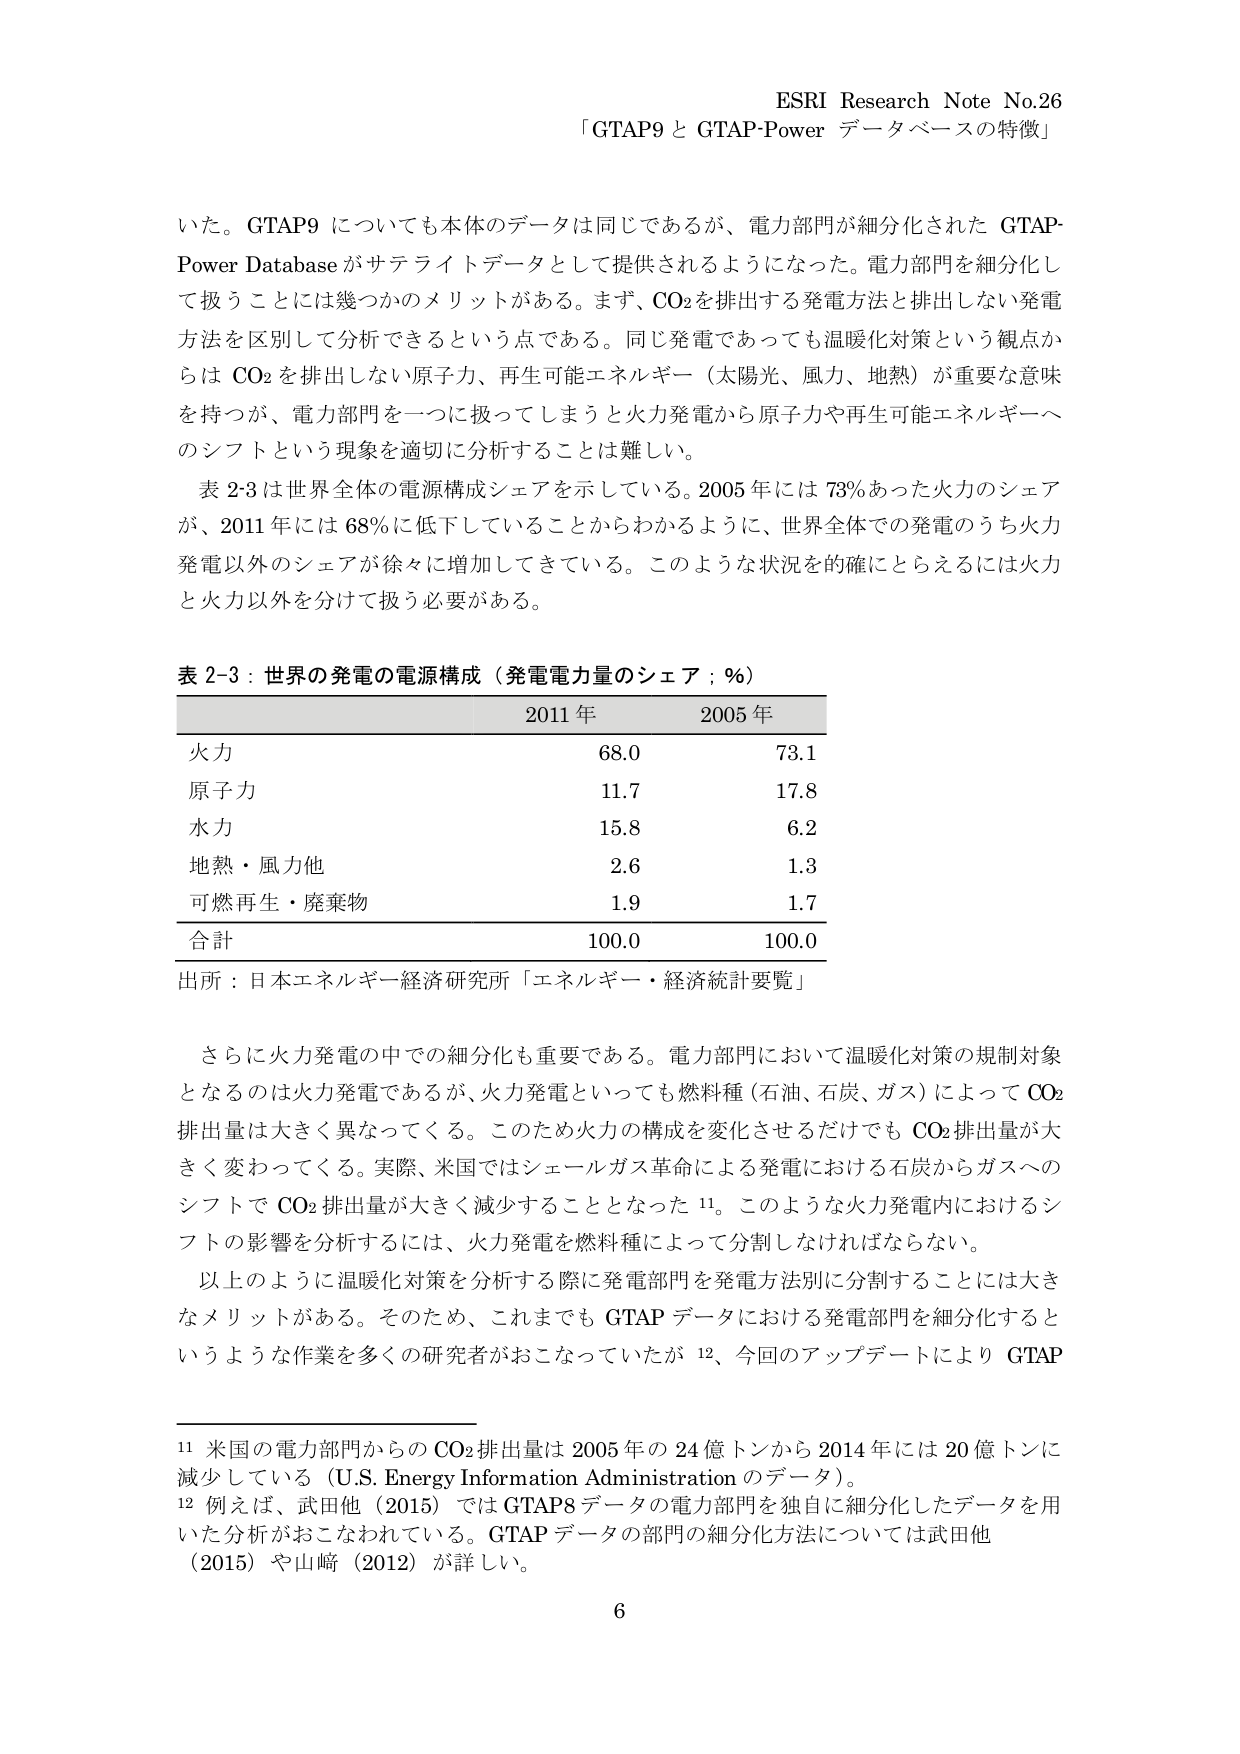
ESRI Research Note No.26
「GTAP9 と GTAP-Power データベースの特徴」

いた。GTAP9 についても本体のデータは同じであるが、電力部門が細分化された GTAP-Power Database がサテライトデータとして提供されるようになった。電力部門を細分化して扱うことには幾つかのメリットがある。まず、CO₂を排出する発電方法と排出しない発電方法を区別して分析できるという点である。同じ発電であっても温暖化対策という観点からは CO₂を排出しない原子力、再生可能エネルギー（太陽光、風力、地熱）が重要な意味を持つが、電力部門を一つに扱ってしまうと火力発電から原子力や再生可能エネルギーへのシフトという現象を適切に分析することは難しい。

表 2-3 は世界全体の電源構成シェアを示している。2005 年には 73% あった火力のシェアが、2011 年には 68% に低下していることからわかるように、世界全体での発電のうち火力発電以外のシェアが徐々に増加してきている。このような状況を確にとらえるには火力と火力以外を分けて扱う必要がある。

表 2-3：世界の発電の電源構成（発電電力量のシェア；％）
2011 年　　2005 年
火力　　　　68.0　　　73.1
原子力　　　11.7　　　17.8
水力　　　　15.8　　　6.2
地熱・風力他　2.6　　　1.3
可燃再生・廃棄物　1.9　　　1.7
合計　　　　100.0　　　100.0
出所：日本エネルギー経済研究所「エネルギー・経済統計要覧」

さらに火力発電の中での細分化も重要である。電力部門において温暖化対策の規制対象となるのは火力発電であるが、火力発電といっても燃料種（石油、石炭、ガス）によって CO₂排出量は大きく異なってくる。このため火力の構成を変化させるだけでも CO₂排出量が大きく変わってくる。実際、米国ではシェールガス革命による発電における石炭からガスへのシフトで CO₂排出量が大きく減少することとなった 11。このような火力発電内におけるシフトの影響を分析するには、火力発電を燃料種によって分割しなければならない。

以上のように温暖化対策を分析する際に発電部門を発電方法別に分割することには大きなメリットがある。そのため、これまでも GTAP データにおける発電部門を細分化するというような作業を多くの研究者がおこなっていたが 12、今回のアップデートにより GTAP

11 米国の電力部門からの CO₂排出量は 2005 年の 24 億トンから 2014 年には 20 億トンに減少している（U.S. Energy Information Administration のデータ）。

12 例えば、武田他（2015）では GTAP8 データの電力部門を独自に細分化したデータを用いた分析がおこなわれている。GTAP データの部門の細分化方法については武田他（2015）や山﨑（2012）が詳しい。

6